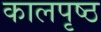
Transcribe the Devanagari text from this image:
कालपृष्ठ